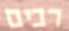
רבים